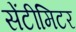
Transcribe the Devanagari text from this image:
सेंटीमिटर